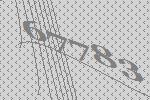
67783